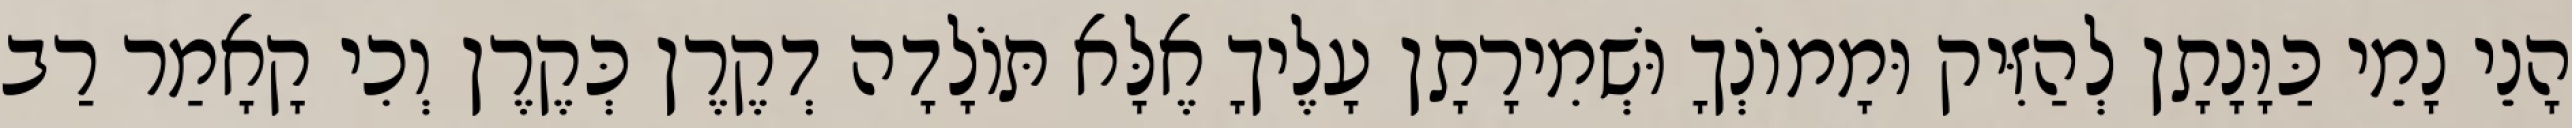
הָנֵי נָמֵי כַּוָּנָתָן לְהַזִּיק וּמָמוֹנְךָ וּשְׁמִירָתָן עָלֶיךָ אֶלָּא תּוֹלָדָה דְקֶרֶן כְּקֶרֶן וְכִי קָאָמַר רַב